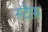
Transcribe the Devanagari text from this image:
स्टैफ़